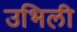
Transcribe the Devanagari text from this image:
उभिली